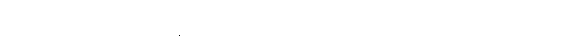
ရဟန်းမိန်းမအား။ ဧတံ (ဧသော ပရိဝိတက္ကော)၊ ဤသို့သော အကြံသည်။ အဟောသိ၊